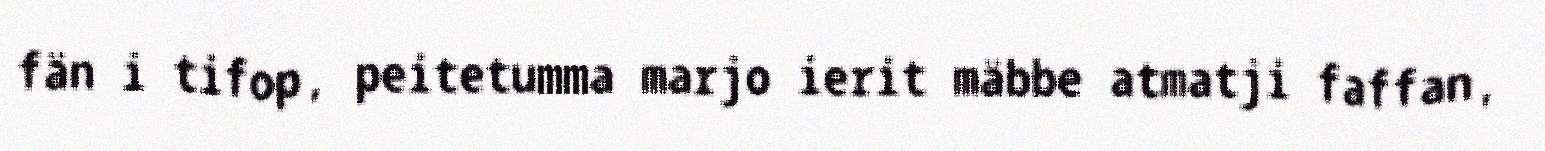
fän i tifop, peitetumma marjo ierit mäbbe atmatji faffan,